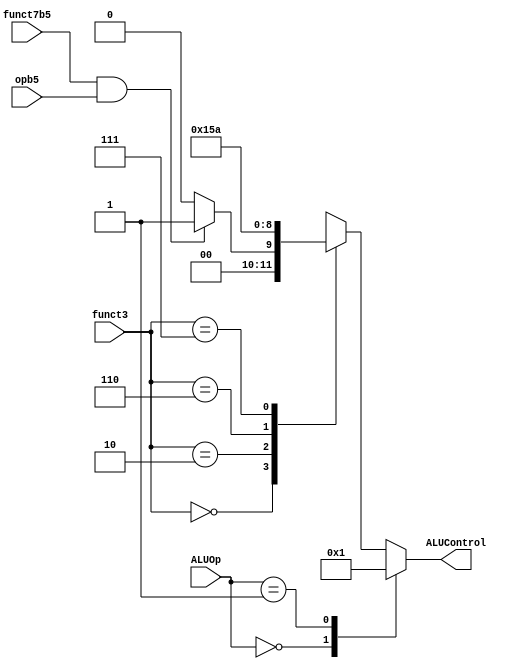
module aludec (
	input  opb5,
	input  [2:0] funct3,
	input  funct7b5,
	input  [1:0] ALUOp,
	output reg [2:0] ALUControl
);
	wire RtypeSub;
	assign RtypeSub = funct7b5 & opb5; // TRUE for Rtype subtract
	always@(*)
		case(ALUOp)
			2'b00: ALUControl = 3'b000; // addition
			2'b01: ALUControl = 3'b001; // subtraction
			default: case(funct3) // Rtype or Itype ALU
				3'b000: if (RtypeSub)
					ALUControl = 3'b001; // sub
				else
					ALUControl = 3'b000; // add, addi
				3'b010: ALUControl = 3'b101; // slt, slti
				3'b110: ALUControl = 3'b011; // or, ori
				3'b111: ALUControl = 3'b010; // and, andi
				default: ALUControl = 3'bxxx; // ???
			endcase
		endcase
	endmodule